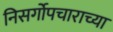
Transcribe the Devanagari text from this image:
निसर्गोपचाराच्या